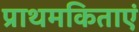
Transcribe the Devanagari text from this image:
प्राथमकिताएं